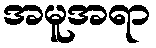
အမူအရာ